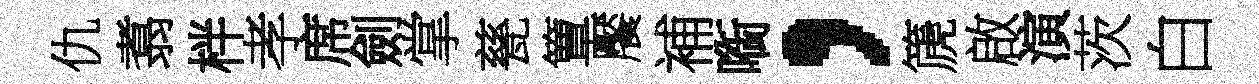
仇翥柈孝席劍掌甆簟饜補㗸，篪啟演茨白